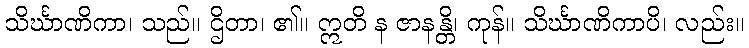
သိင်္ဃာဏိကာ၊ သည်။ ဌိတာ၊ ၏။ ဣတိ န ဇာနန္တိ၊ ကုန်။ သိင်္ဃာဏိကာပိ၊ လည်း။